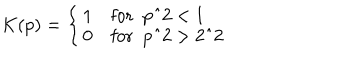
K ( p ) = \left\{ \left\{ \begin{cases} { { 1 } } & { { f o r p ^ { 2 } < 1 } } \\ { { 0 } } & { { f o r p ^ { 2 } > 2 ^ { 2 } } } \\ \end{cases} \right. \right.